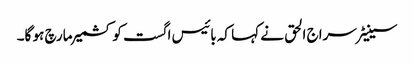
سینیٹر سراج الحق نے کہا کہ بائیس اگست کو کشمیر مارچ ہو گا۔